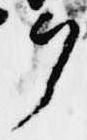
ヲ